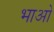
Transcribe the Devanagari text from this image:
भाओ